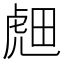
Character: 𬟭